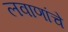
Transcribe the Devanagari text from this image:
लवाणांचे